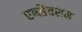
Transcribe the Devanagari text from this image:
एब्स्रैक्शन